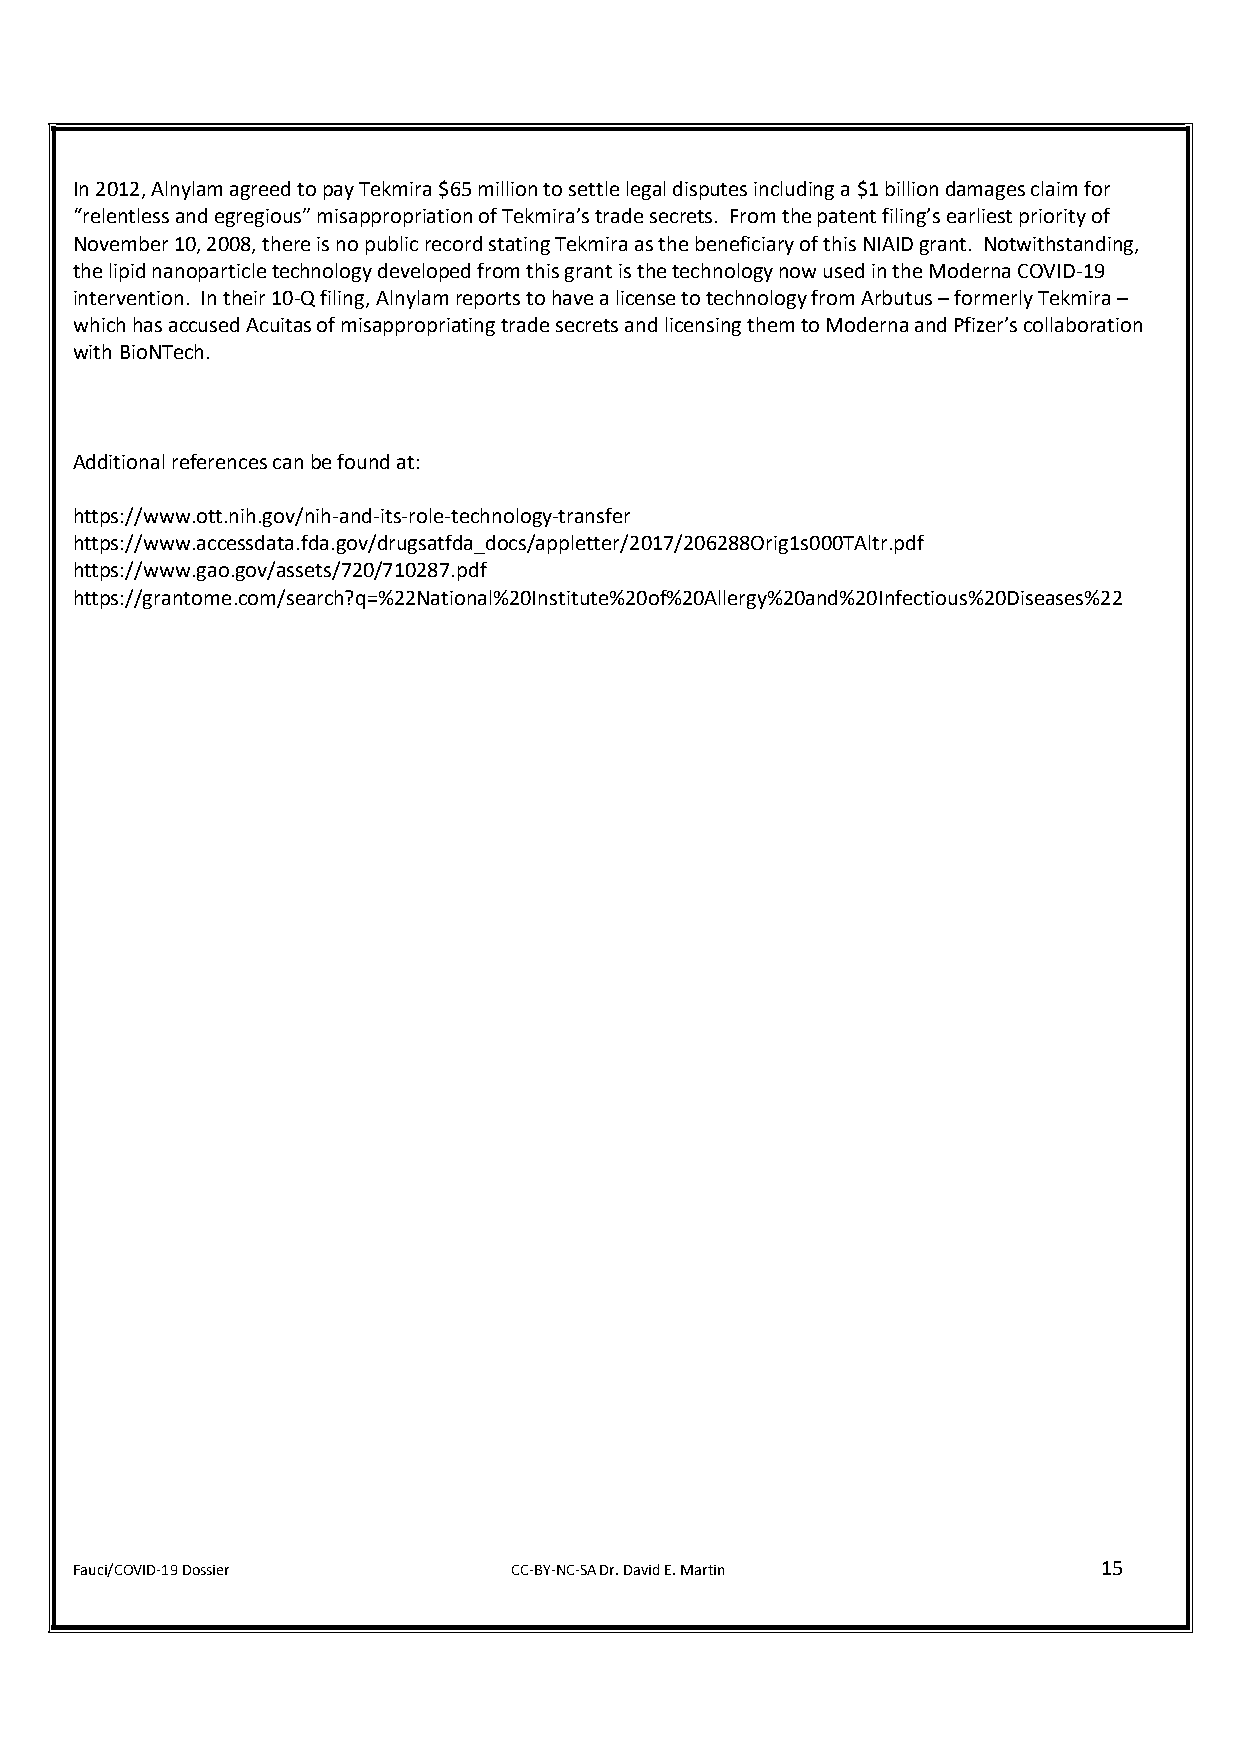
In 2012, Alnylam agreed to pay Tekmira $65 million to settle legal disputes including a $1 billion damages claim for
 “relentless and egregious” misappropriation of Tekmira’s trade secrets. From the patent filing’s earliest priority of
 November 10, 2008, there is no public record stating Tekmira as the beneficiary of this NIAID grant. Notwithstanding,
 the lipid nanoparticle technology developed from this grant is the technology now used in the Moderna COVID-19
 intervention. In their 10-Q filing, Alnylam reports to have a license to technology from Arbutus – formerly Tekmira –
 which has accused Acuitas of misappropriating trade secrets and licensing them to Moderna and Pfizer’s collaboration
 with BioNTech.
 Additional references can be found at:
 https://www.ott.nih.gov/nih-and-its-role-technology-transfer
 https://www.accessdata.fda.gov/drugsatfda_docs/appletter/2017/206288Orig1s000TAltr.pdf
 https://www.gao.gov/assets/720/710287.pdf
 https://grantome.com/search?q=%22National%20Institute%20of%20Allergy%20and%20Infectious%20Diseases%22
 Fauci/COVID-19 Dossier       CC-BY-NC-SA Dr. David E. Martin        15